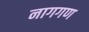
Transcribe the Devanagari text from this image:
नागगण